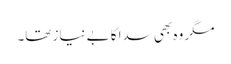
مگر وہ بھی سدا کا بے نیاز تھا۔